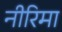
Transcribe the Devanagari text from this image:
नीरिमा